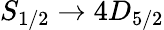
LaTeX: S_{1/2}\rightarrow 4D_{5/2}